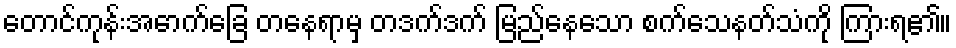
တောင်ကုန်းအောက်ခြေ တနေရာမှ တဒက်ဒက် မြည်နေသော စက်သေနတ်သံကို ကြားရ၏။